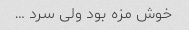
خوش مزه بود ولی سرد …